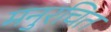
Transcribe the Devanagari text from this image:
मनुरचित